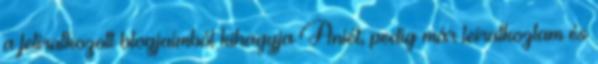
a feliratkozott blogjaimból kihagyja Aniét, pedig már leiratkoztam és